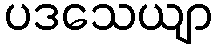
ပဒသေယျာ